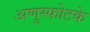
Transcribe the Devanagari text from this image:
अणुस्फोटके